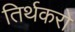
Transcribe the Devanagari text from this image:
तिर्थकरो